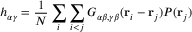
h _ { \alpha \gamma } = \frac { 1 } { N } \sum _ { i } \sum _ { i < j } G _ { \alpha \beta , \gamma \beta } ( { \bf r } _ { i } - { \bf r } _ { j } ) P ( { \bf r } _ { j } )